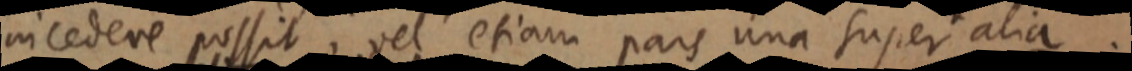
in cedere possit, vel etiam pars una super alia.